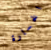
الخسارة